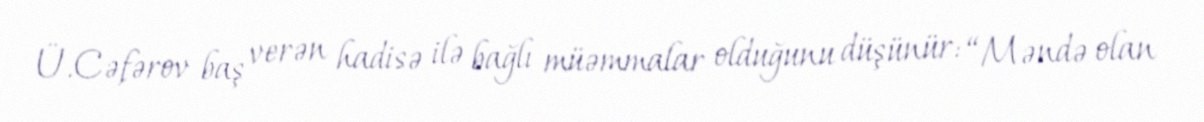
Ü.Cəfərov baş verən hadisə ilə bağlı müəmmalar olduğunu düşünür: “Məndə olan